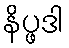
နိပ္ဖဒါ